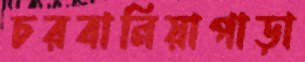
চরবানিয়াপাড়া